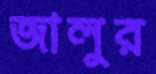
জালুর